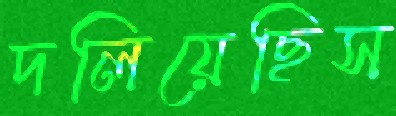
দলিয়েছিস